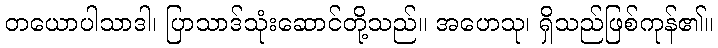
တယောပါသာဒါ၊ ပြာသာဒ်သုံးဆောင်တို့သည်။ အဟေသု၊ ရှိသည်ဖြစ်ကုန်၏။